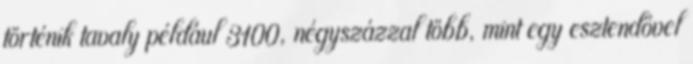
történik tavaly például 3100, négyszázzal több, mint egy esztendővel